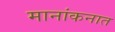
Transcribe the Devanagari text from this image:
मानांकनात